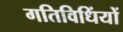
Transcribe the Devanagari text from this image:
गतिविधिंयों